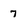
Character: 7